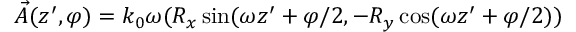
\vec { A } ( z ^ { \prime } , \varphi ) = k _ { 0 } \omega ( R _ { x } \sin ( \omega z ^ { \prime } + \varphi / 2 , - R _ { y } \cos ( \omega z ^ { \prime } + \varphi / 2 ) )